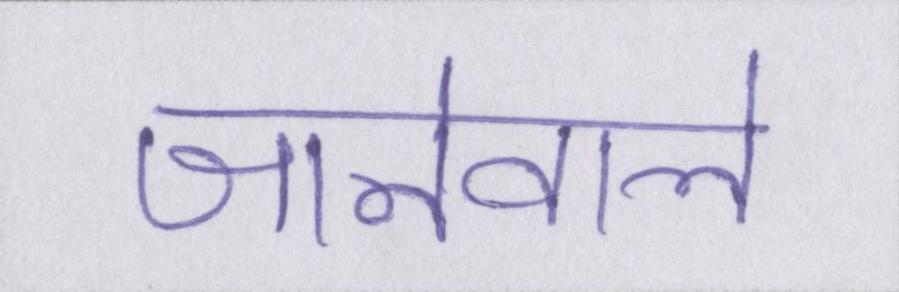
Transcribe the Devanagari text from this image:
जानेवाले